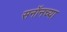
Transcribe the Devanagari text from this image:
सनॉनच्या